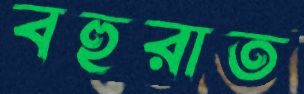
বহুরাত